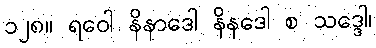
၁၂၈။ ရဝေါ နိနာဒေါ နိနဒေါ စ သဒ္ဒေါ၊